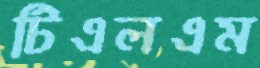
টিএলএম